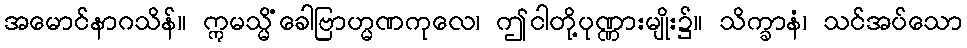
အမောင်နာဂသိန်။ ဣမသ္မိံခေါဗြာဟ္မဏကုလေ၊ ဤငါတို့ပုဏ္ဏားမျိုး၌။ သိက္ခာနံ၊ သင်အပ်သော